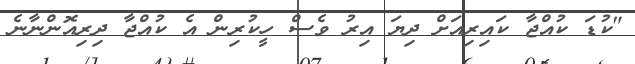
"ކުޑަ ކުއްޖާ ކައިރިއަށް ދިޔަ އިރު ވެސް ހީކުރިން އެ ކުއްޖާ ދިިރިއޮންނާނެ